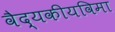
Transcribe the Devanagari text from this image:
वैद्यकीयविमा